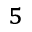
^ 5